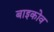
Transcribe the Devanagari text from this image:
बाइकोव